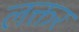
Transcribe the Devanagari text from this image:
लक्तर